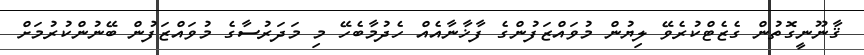
ޤާނޫނީގޮތުން ގެޒެޓްކުރެވޭ ލިޔުން މުވައްޒަފުންގެ ފާޚާނާއެއް ހެދުމާބެހޭ މި މަދަރުސާގެ މުވައްޒަފުން ބޭނުންކުރުމަށް